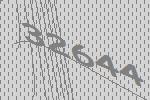
32644